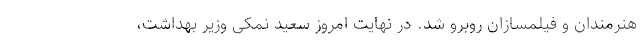
هنرمندان و فیلمسازان روبرو شد. در نهایت امروز سعید نمکی وزیر بهداشت،